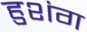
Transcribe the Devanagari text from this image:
हुशंग